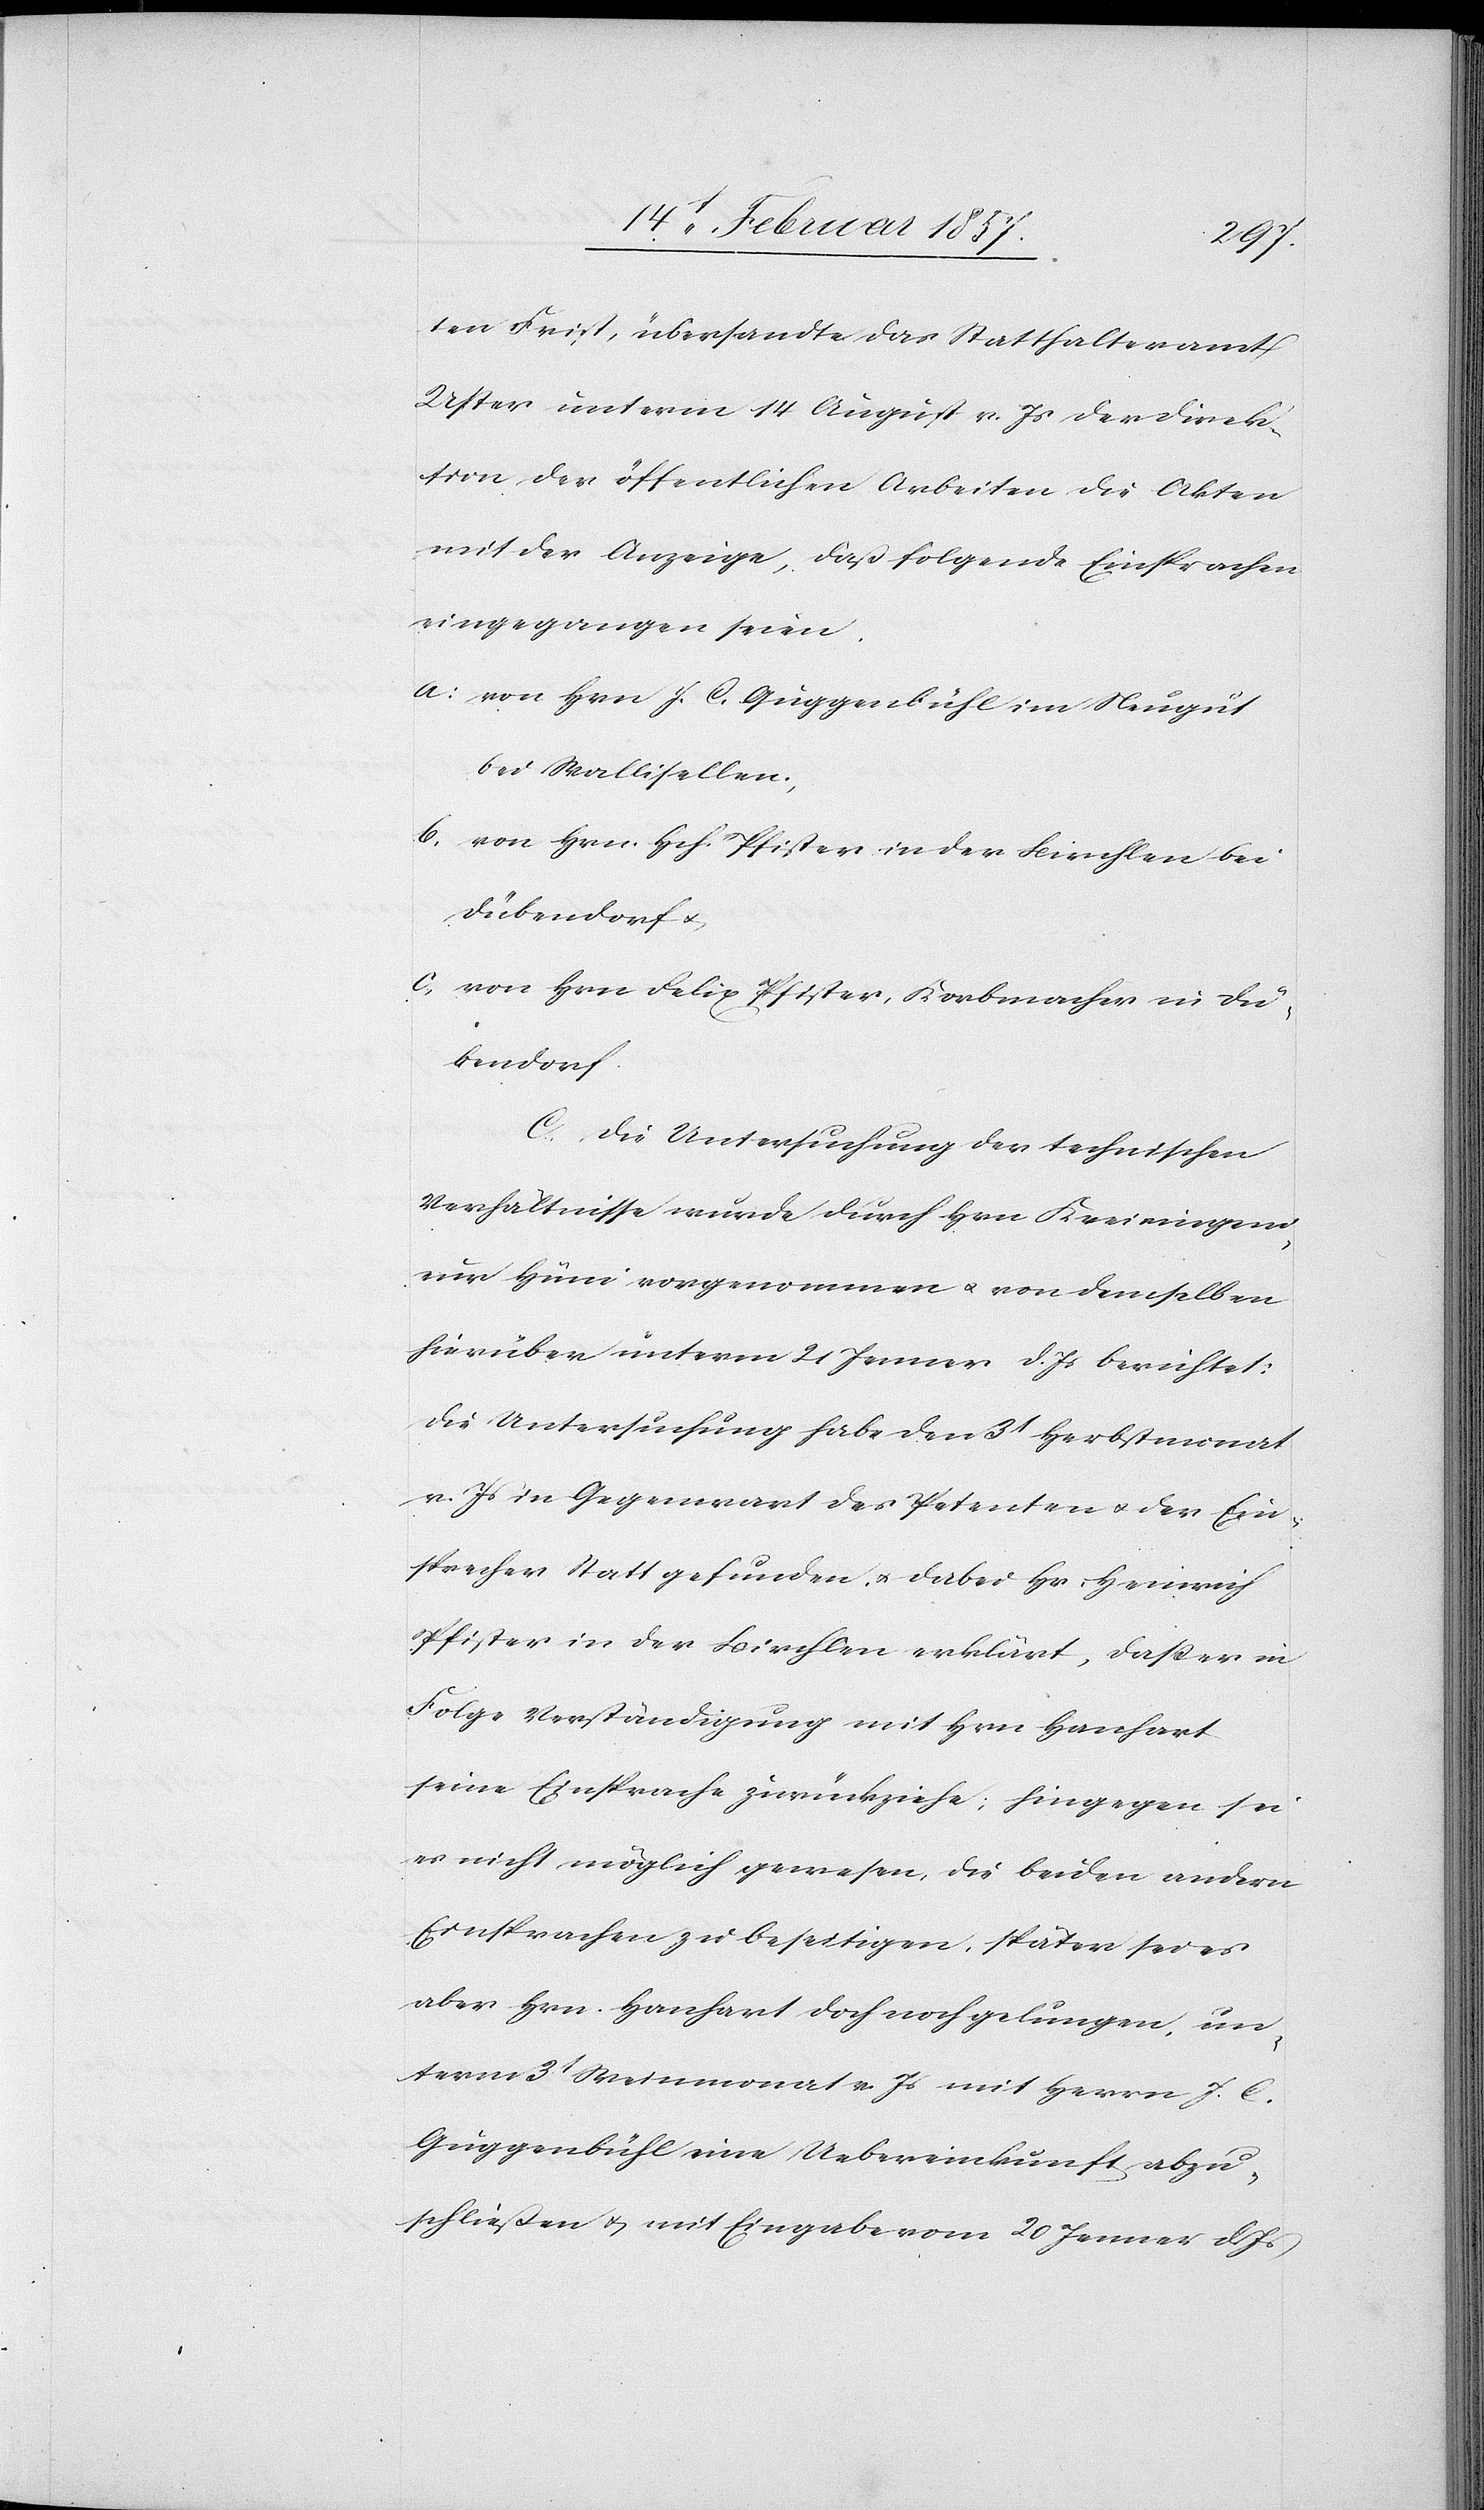
ten Frist, übersandte das Statthalteramt
Uster unterm 14 August v. Js der Direk¬
tion der öffentlichen Arbeiten die Akten
mit der Anzeige, daß folgende Einsprachen
eingegangen seien.
a: von Hrn. J. C. Guggenbühl im Neugut
bei Wallisellen.
b. von Hrn. Hch. Pfister in der Birchlen bei
Dübendorf u.
c. von Hrn Felix Pfister, Korbmacher in Dü¬
bendorf.
C. Die Untersuchung der technischen
Verhältnisse wurde durch Hrn. Kreisingeni¬
eur Hüni vorgenommen u. von demselben
hierüber unterm 21 Jenner d. Js berichtet:
Die Untersuchung habe den 3t Herbstmonat
v. Js in Gegenwart des Petenten u. der Ein¬
sprecher Statt gefunden u. dabei Hr. Heinrich
Pfister in der Birchlen erklärt, daß er in
Folge Verständigung mit Hrn Hanhart
seine Einsprache zurückziehe; hingegen sei
es nicht möglich gewesen, die beiden andern
Einsprachen zu beseitigen, später sei es
aber Hrn. Hanhart doch noch gelungen, un¬
term 3t Weinmonat v. Js mit Herrn J. C.
Guggenbühl eine Uebereinkunft abzu¬
schließen u. mit Eingabe vom 20 Jenner d. Js